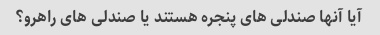
آیا آنها صندلی های پنجره هستند یا صندلی های راهرو؟